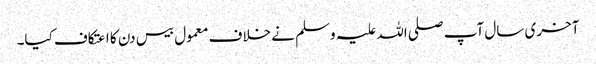
آخری سال آپ صلی اللہ علیہ وسلم نے خلاف معمول بیس دن کا اعتکاف کیا۔